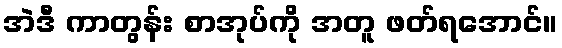
အဲဒီ ကာတွန်း စာအုပ်ကို အတူ ဖတ်ရအောင်။